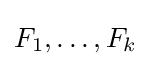
F_{1},\ldots ,F_{k}